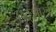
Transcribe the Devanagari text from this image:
छंदःशास्त्री